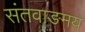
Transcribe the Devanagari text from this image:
संतवाङमय